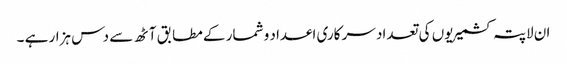
ان لاپتہ کشمیریوں کی تعداد سر کاری اعداد و شمار کے مطابق آٹھ سے دس ہزار ہے ۔